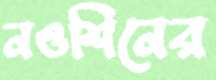
নওশিনের